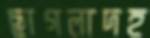
ছাগলাদহ